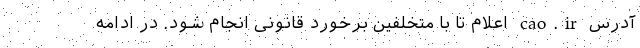
آدرس cao.ir اعلام تا با متخلفین برخورد قانونی انجام شود. در ادامه